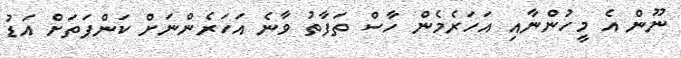
ނޫން އެ މީހުންނާއި އަހަރެމެން ހާސް ތަފާތު ވާނެ އަހަރެންނަށް ކަންފަތަށް އަޑު